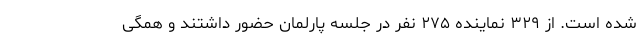
شده است. از ۳۲۹ نماینده ۲۷۵ نفر در جلسه پارلمان حضور داشتند و همگی